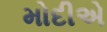
મોદીએ